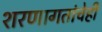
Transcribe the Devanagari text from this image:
शरणागतांचेही